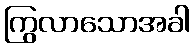
ကြွလာသောအခါ